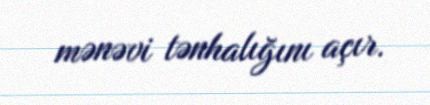
mənəvi tənhalığını açır.